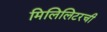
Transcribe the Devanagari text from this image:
मिलिलिटरची